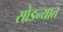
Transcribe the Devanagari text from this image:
सोडन्यात